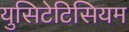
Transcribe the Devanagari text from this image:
युसिटेटिसियम